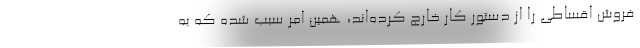
فروش اقساطی را از دستور کار خارج کرده‌اند، همین امر سبب شده که به